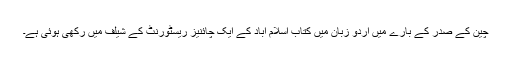
چین کے صدر کے بارے میں اردو زبان میں کتاب اسلام آباد کے ایک چائنیز ریسٹورنٹ کے شیلف میں رکھی ہوئی ہے۔